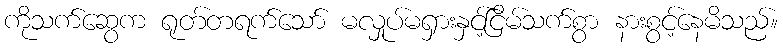
ကိုသက်ဆွေက ရုတ်တရက်သော် မလှုပ်မရှားနှင့်ငြိမ်သက်စွာ နားစွင့်နေမိသည်။